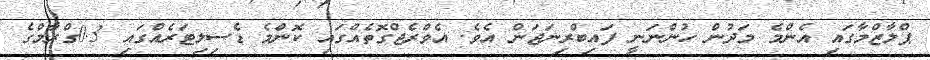
ޕްލާޒްމާގައި އެންމެ މަދުން ހުންނަނީ ފައިބްރިނަޖަން އެވެ. އެވްރެޖްގޮތެއްގައި ކޮންމެ ޑެސިލިޓަރެއްގައި 0.3ގްރާމްގެ